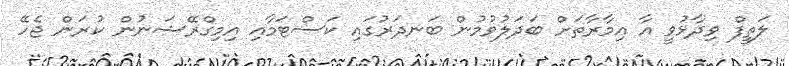
ލަތީފް ވިދާޅުވީ އާ އިމާރާތަށް ބަދަލުވުމުން ބަނދަރުގައި ކަސްޓަމާއި އިމިގްރޭޝަނުން ކުރަން ޖެހޭ